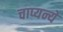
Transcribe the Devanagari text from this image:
चाप्यन्ये